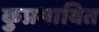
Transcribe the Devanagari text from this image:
कुप्रभावित